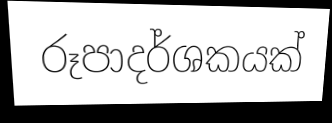
රූපාදර්ශකයක්